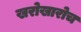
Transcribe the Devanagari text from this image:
खरोखारोच